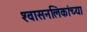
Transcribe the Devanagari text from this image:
श्‍वासनलिकांच्या